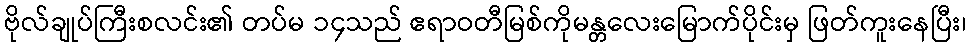
ဗိုလ်ချုပ်ကြီးစလင်း၏ တပ်မ ၁၄သည် ဧရာဝတီမြစ်ကိုမန္တလေးမြောက်ပိုင်းမှ ဖြတ်ကူးနေပြီး၊